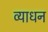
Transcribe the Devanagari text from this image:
व्याधन